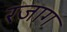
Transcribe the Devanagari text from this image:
रजाग